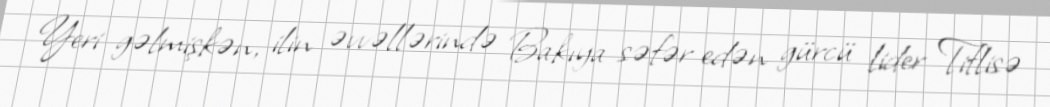
Yeri gəlmişkən, ilin əvvəllərində Bakıya səfər edən gürcü lider Tiflisə